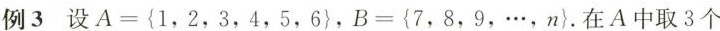
例3设A={1，2，3，4，5，6}，B={7，8，9，…，n}。在A中取3个